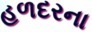
હળદરના